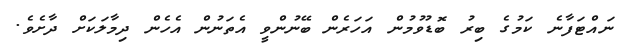
ނައްޓަފާނެ ކަމުގެ ބިރު ބޮޑުވުމުން އަހަރެން ބޭނުންވީ އެތަނުން އެހެން ދިމާލަކަށް ދާށެވެ.